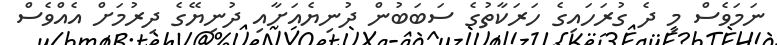
ނަމަވެސް މި ދެ ގުރަހައިގެ ހަރަކާތުގެ ސަބަބުން ދުނިޔެއަށާއި ދުނިޔޭގެ ދިރުމަށް އެއްވެސް